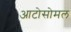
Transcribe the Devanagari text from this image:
आटोसोमल